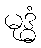
မုဒ္ဓံ